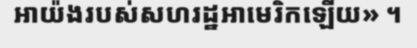
អាយ៉ងរបស់សហរដ្ឋអាមេរិកឡើយ» ។